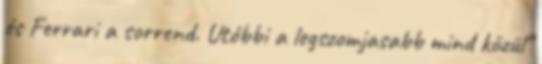
és Ferrari a sorrend. Utóbbi a legszomjasabb mind közül”